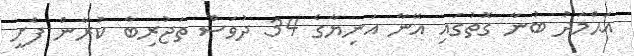
އަޙްމަދު ބުނާ ގޮތުގައި އޭނާ އަނިޔާގެ 34 ދުވަސް ތަޖުރިބާ ކުރާން ފެށީ